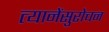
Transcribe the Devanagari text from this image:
त्यानेंसुरोचन